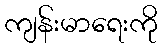
ကျန်းမာရေးကို